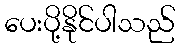
ပေးပို့နိုင်ပါသည်